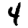
Digit: 4